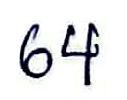
64